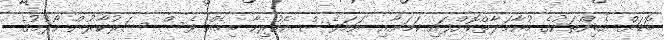
ބޮޑަށް އެބިންތަކުގެ މުއާމަލާތްކޮށްފައި ކަމަށާއި ނަމަވެސް އެހުރިހާ ބިމެއް ވެސް ސަރުކާރުން ހޯދުމުގެ